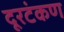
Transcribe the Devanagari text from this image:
दूरटंकण